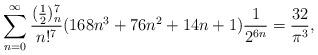
LaTeX: \begin{align*} \sum_{n=0}^{\infty} \frac{(\frac12)_n^7}{n!^7} (168n^3+76n^2+14n+1)\frac1{2^{6n}} = \frac{32}{\pi^3},\end{align*}